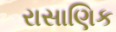
રાસાણિક